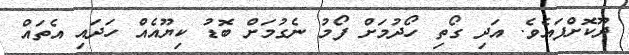
ދޫކޮށްފައެވެ. އަދި ގޯތި ހޯދުމަށް ފޯމު ނެގުމަށް ބޮޑު ކިޔޫއެއް ހަދައި އެތައް